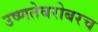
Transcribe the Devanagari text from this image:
उष्णतेबरोबरच